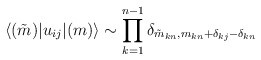
\begin{align*}\langle (\tilde{m})|u_{ij}| (m)\rangle\sim\prod_{k=1}^{n-1}\delta_{\tilde{m}_{kn}, m_{kn}+\delta_{kj}-\delta_{kn}}\end{align*}